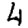
Digit: 4